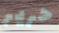
حرير